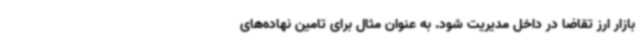
بازار ارز تقاضا در داخل مدیریت شود. به عنوان مثال برای تامین نهاده‌های